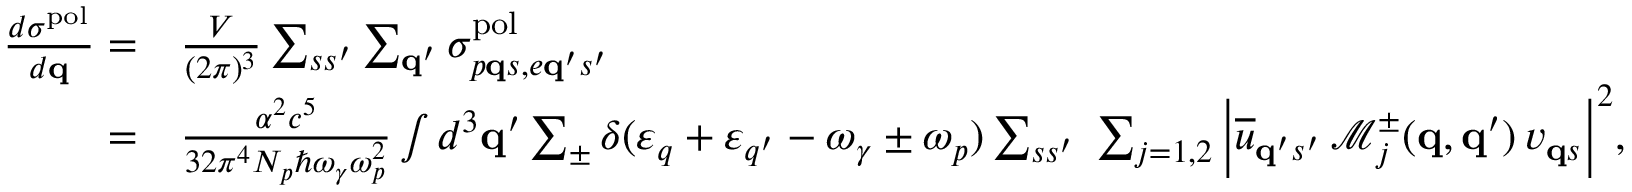
\begin{array} { r l } { \frac { d \sigma ^ { \mathrm { p o l } } } { d { \bf q } } = } & { \frac { V } { ( 2 \pi ) ^ { 3 } } \sum _ { s s ^ { \prime } } \sum _ { { \bf q } ^ { \prime } } \sigma _ { p { \bf q } s , e { \bf q } ^ { \prime } s ^ { \prime } } ^ { \mathrm { p o l } } } \\ { = } & { \frac { \alpha ^ { 2 } c ^ { 5 } } { 3 2 \pi ^ { 4 } N _ { p } \hbar \omega _ { \gamma } \omega _ { p } ^ { 2 } } \int d ^ { 3 } { \bf q } ^ { \prime } \sum _ { \pm } \delta ( \varepsilon _ { q } + \varepsilon _ { q ^ { \prime } } - \omega _ { \gamma } \pm \omega _ { p } ) \sum _ { s s ^ { \prime } } \; \sum _ { j = 1 , 2 } \bigg | \overline { { u } } _ { { \bf q } ^ { \prime } s ^ { \prime } } \, \mathcal { M } _ { j } ^ { \pm } ( { \bf q } , { \bf q } ^ { \prime } ) \, v _ { { \bf q } s } \bigg | ^ { 2 } , } \end{array}